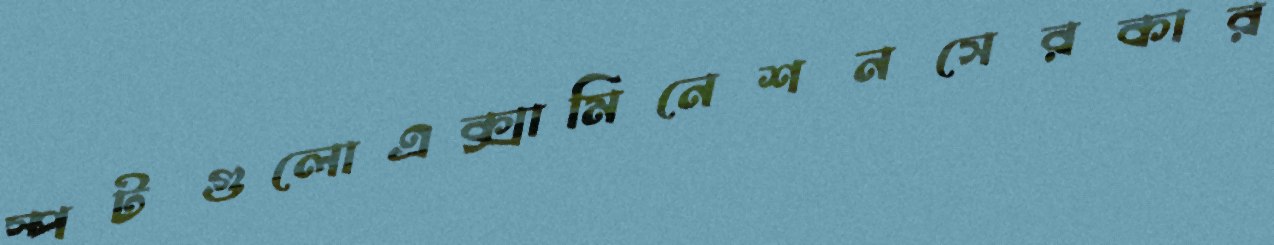
স্পটগুলোএক্সামিনেশনসেরকার